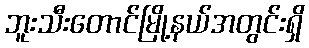
ဘူးသီးတောင်မြို့နယ်အတွင်းရှိ